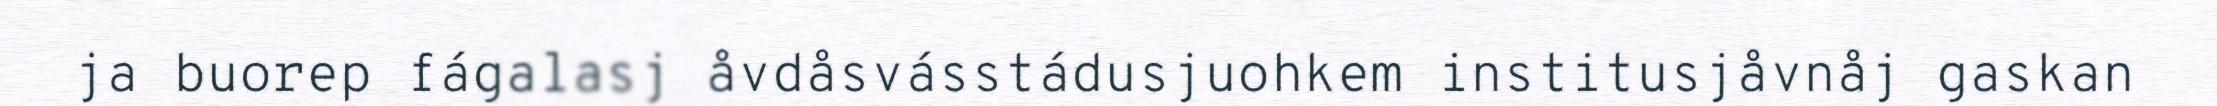
ja buorep fágalasj åvdåsvásstádusjuohkem institusjåvnåj gaskan